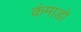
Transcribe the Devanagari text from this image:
कंमाडो